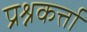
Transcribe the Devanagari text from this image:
प्रश्नकर्त्ता